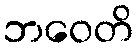
ဘဝေတိ